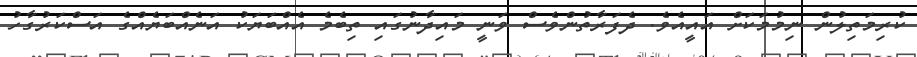
ކުރިމަތިލުން ނިމުމަކަށް އައީއެވެ. ދެފަރާތުންވެސް ވަނީ މައިދާނުގައި ތިބެމެ އެއްބަޔަކު އަނެއްބަޔެއްގެ އަސްކަރުގާހު